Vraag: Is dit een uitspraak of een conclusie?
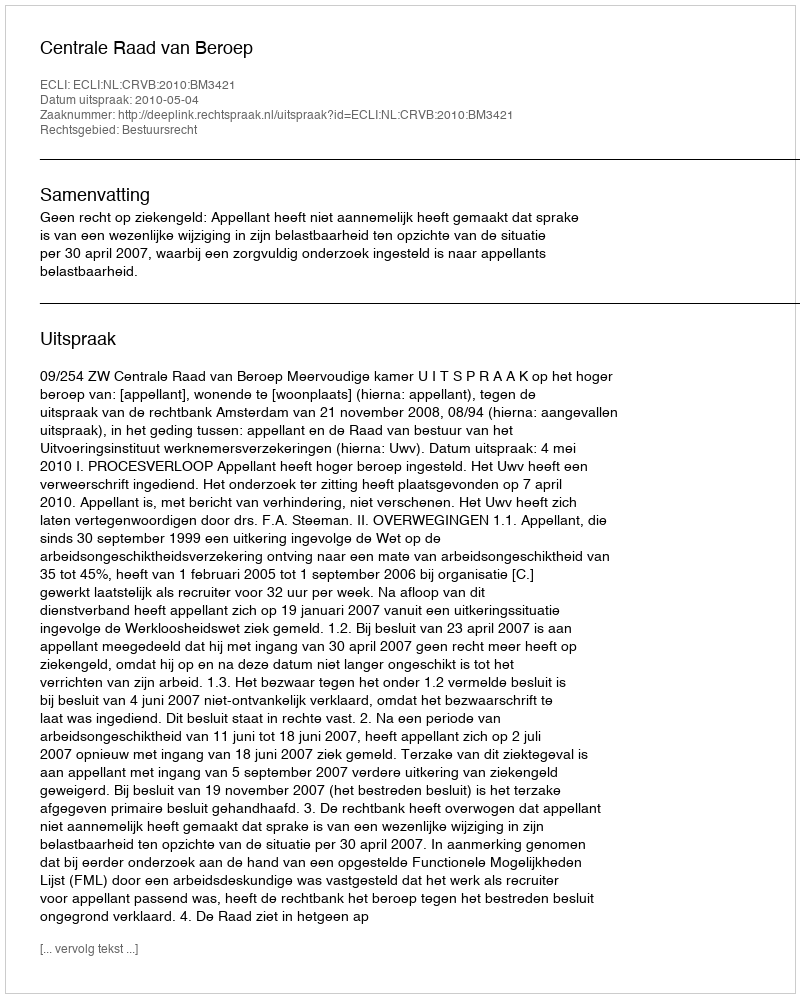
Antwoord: Uitspraak